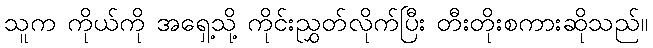
သူက ကိုယ်ကို အရှေ့သို့ ကိုင်းညွှတ်လိုက်ပြီး တီးတိုးစကားဆိုသည်။